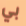
بي